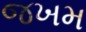
જખમ